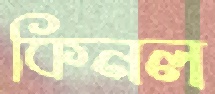
কিনল